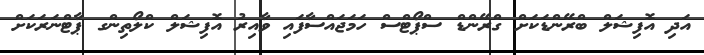
އަދި އޮފިޝަލް ބްރޭންޑަކަށް ގްރޭންޑް ސްޕޯޓްސް ހަމަޖައްސާފައި ވާއިރު އޮފިޝަލް ކްލޯތިންގ ޕާޓްނަރަކަށް